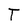
Character: T